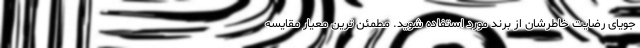
جویای رضایت خاطرشان از برند مورد استفاده شوید. مطمئن ترین معیار مقایسه